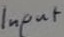
Text: Input